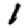
Digit: 1